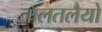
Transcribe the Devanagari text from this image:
तालतलैयों